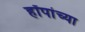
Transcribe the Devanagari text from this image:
हॉपांच्या